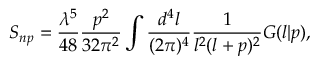
S _ { n p } = \frac { \lambda ^ { 5 } } { 4 8 } \frac { p ^ { 2 } } { 3 2 \pi ^ { 2 } } \int \frac { d ^ { 4 } l } { ( 2 \pi ) ^ { 4 } } \frac { 1 } { l ^ { 2 } ( l + p ) ^ { 2 } } G ( l | p ) ,